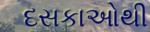
દસકાઓથી